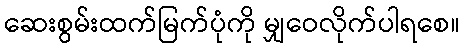
ဆေးစွမ်းထက်မြက်ပုံကို မျှဝေလိုက်ပါရစေ။